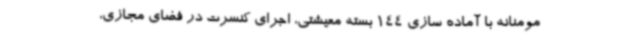
مومنانه با آماده سازی 144 بسته معیشتی، اجرای کنسرت در فضای مجازی،